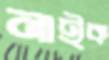
নাইক